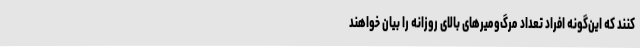
کنند که این‌گونه افراد تعداد مرگ‌ومیرهای بالای روزانه را بیان خواهند